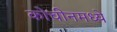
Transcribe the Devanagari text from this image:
कोचीनमध्ये